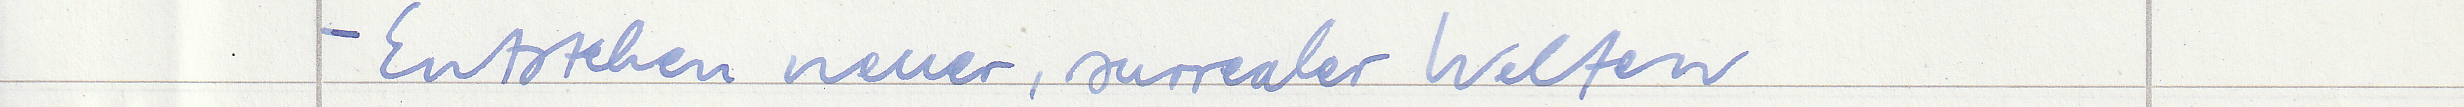
- Entstehen neuer, surrealer Welten